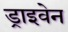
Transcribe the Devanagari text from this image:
ड्राइवेन